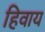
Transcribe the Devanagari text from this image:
हिवाय